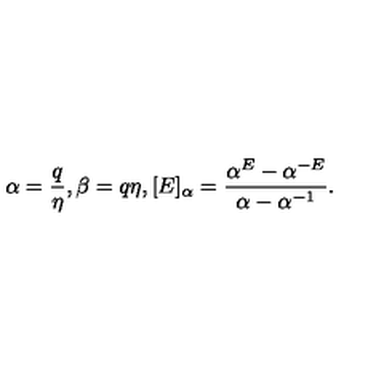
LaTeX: \alpha = \frac q \eta , \beta = q \eta , [ E ] _ { \alpha } = \frac { \alpha ^ { E } - \alpha ^ { - E } } { \alpha - \alpha ^ { - 1 } } .